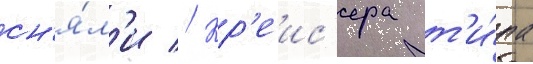
сн'я́л'и // Кр'еис'ера т'и́па